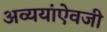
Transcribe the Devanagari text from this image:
अव्ययांऐवजी